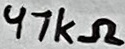
Text: 47kΩ